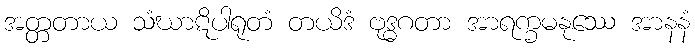
အတ္တတာယ သံဃာဋိပါရုတံ တယိဒံ ဗုဒ္ဓဂတာ အာရက္ခမနုဿေ အာနနံ